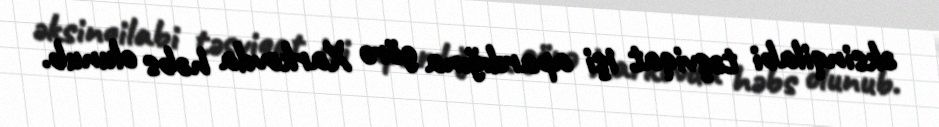
əksinqilabi təşviqat işi apardığına görə Xarkovda həbs olunub.